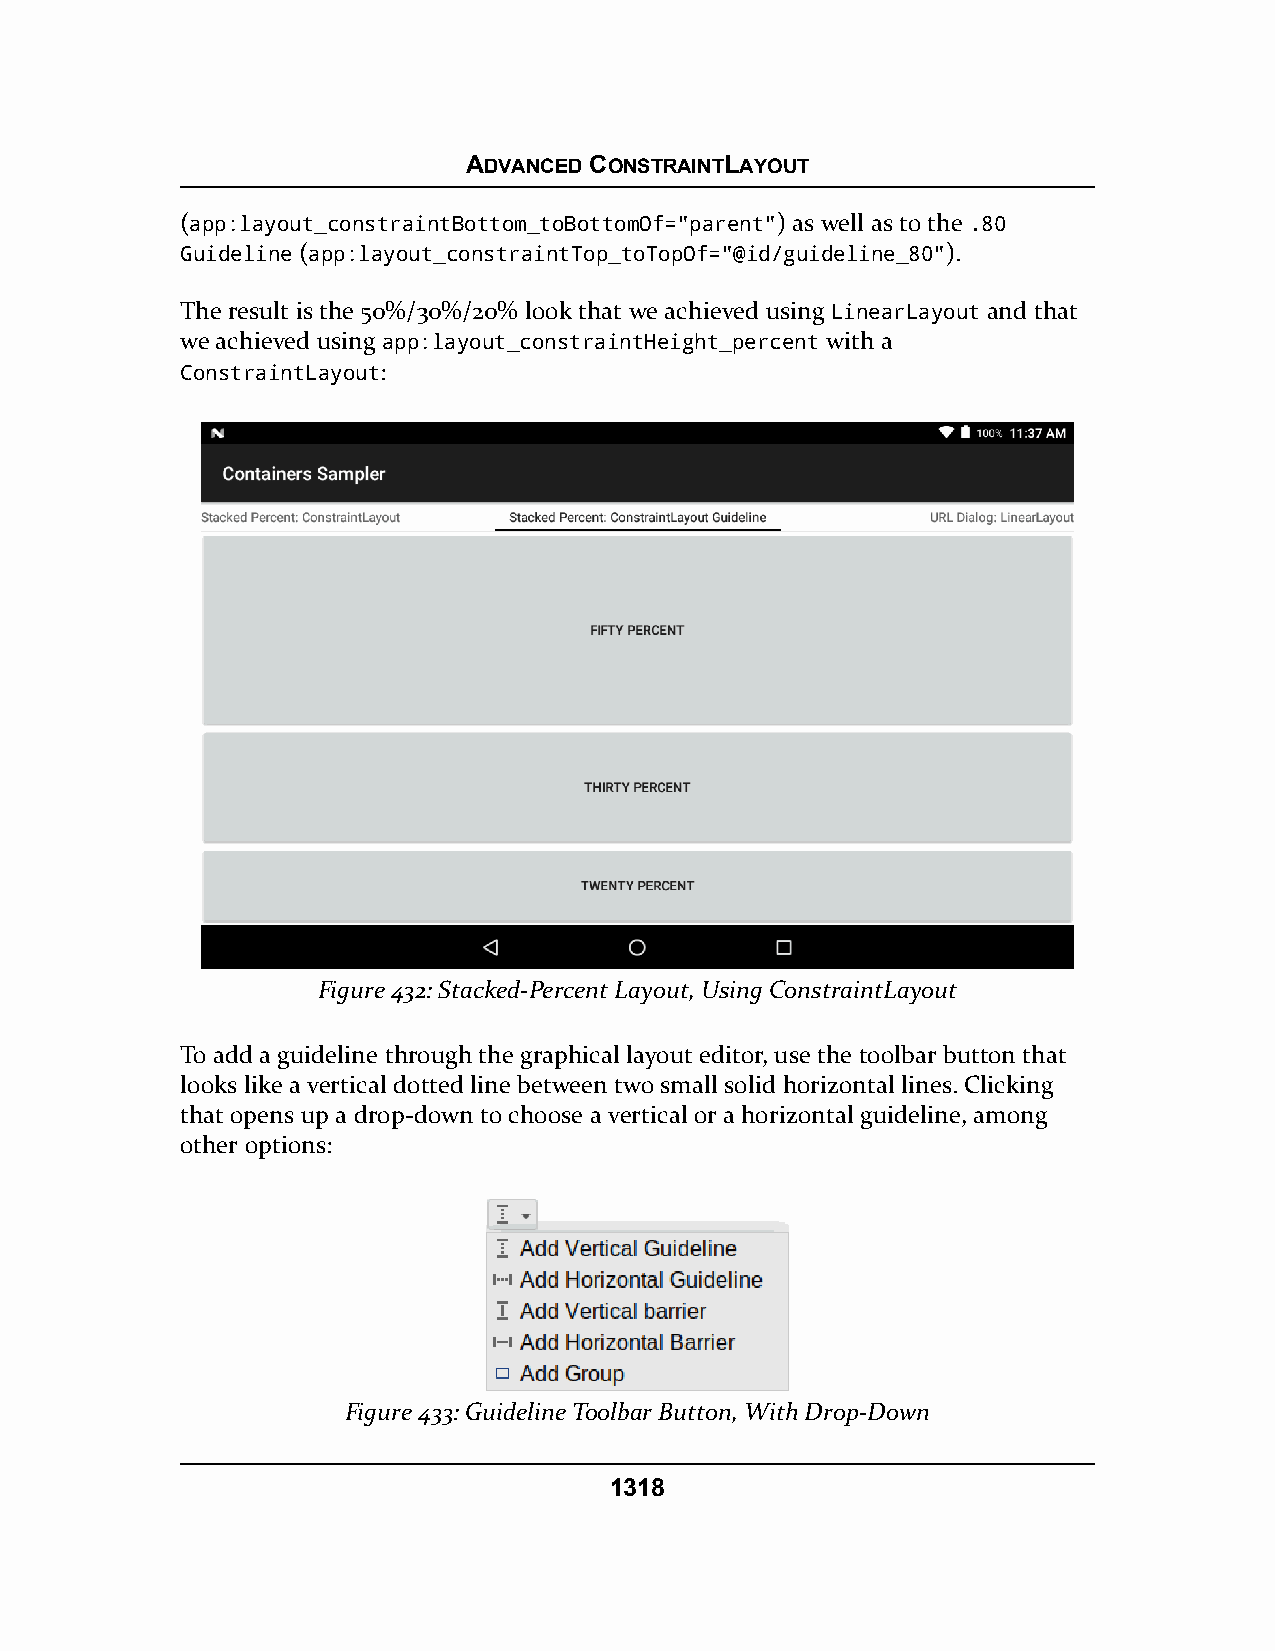
ADVANCED CONSTRAINTLAYOUT
 (app:layout_constraintBottom_toBottomOf="parent") as well as to the .80
 Guideline (app:layout_constraintTop_toTopOf="@id/guideline_80").
 The result is the 50%/30%/20% look that we achieved using LinearLayout and that
 we achieved using app:layout_constraintHeight_percent with a
 ConstraintLayout:
 Figure 432: Stacked-Percent Layout, Using ConstraintLayout
 To add a guideline through the graphical layout editor, use the toolbar button that
 looks like a vertical dotted line between two small solid horizontal lines. Clicking
 that opens up a drop-down to choose a vertical or a horizontal guideline, among
 other options:
 Figure 433: Guideline Toolbar Button, With Drop-Down
 1318